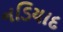
નડિયાદ